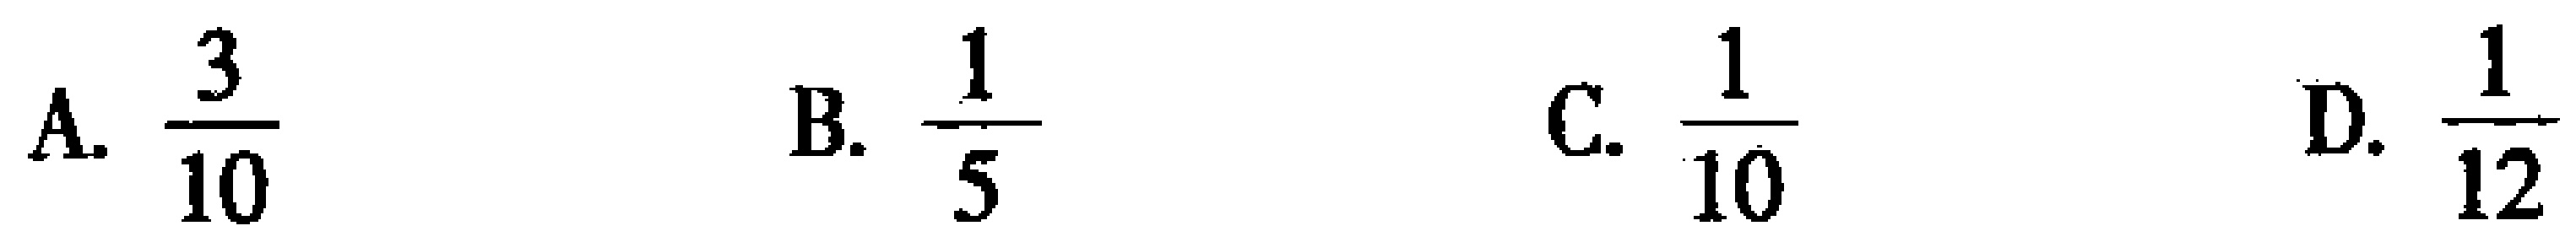
A. $\frac{3}{10}$  B. $\frac{1}{5}$  C. $\frac{1}{10}$  D. $\frac{1}{12}$